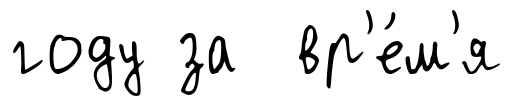
году за вр'е́м'я